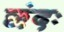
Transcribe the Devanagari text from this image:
छंदः